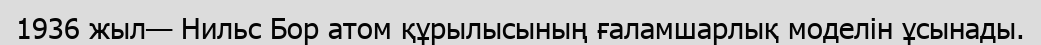
1936 жыл— Нильс Бор атом құрылысының ғаламшарлық моделін ұсынады.